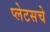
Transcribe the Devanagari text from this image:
प्लेटसचे